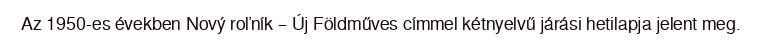
Az 1950-es években Nový roľník – Új Földműves címmel kétnyelvű járási hetilapja jelent meg.